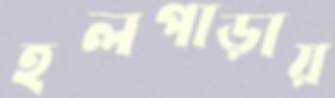
হলপাড়ায়